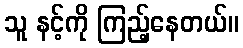
သူ နင့်ကို ကြည့်နေတယ်။